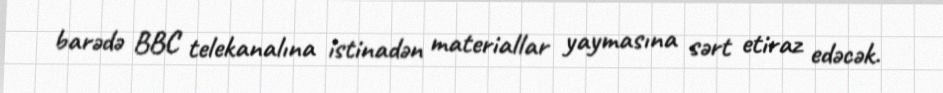
barədə BBC telekanalına istinadən materiallar yaymasına sərt etiraz edəcək.